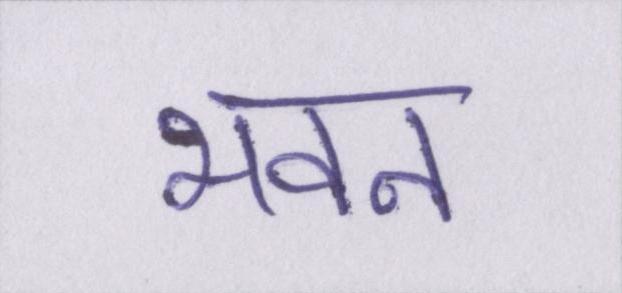
भवन